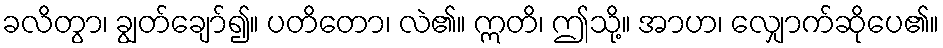
ခလိတွာ၊ ချွတ်ချော်၍။ ပတိတော၊ လဲ၏။ ဣတိ၊ ဤသို့။ အာဟ၊ လျှောက်ဆိုပေ၏။